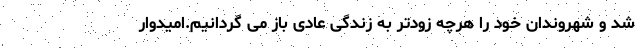
شد و شهروندان خود را هرچه زودتر به زندگی عادی باز می گردانیم.امیدوار